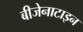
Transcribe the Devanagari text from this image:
बीजेनाटाइन